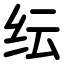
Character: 纭